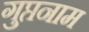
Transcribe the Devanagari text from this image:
गुप्तनाम